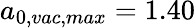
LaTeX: a_{0,vac,max}=1.40